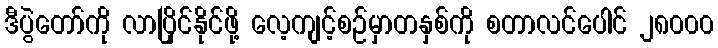
ဒီပွဲတော်ကို လာပြိုင်နိုင်ဖို့ လေ့ကျင့်စဉ်မှာတနှစ်ကို စတာလင်ပေါင် ၂၈၀၀၀